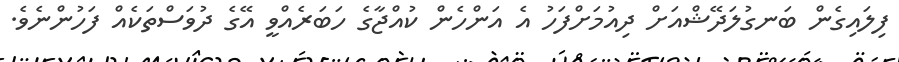
ފިލައިގެން ބަނގުލަދޭޝްއަށް ދިއުމަށްފަހު އެ އަންހެން ކުއްޖާގެ ހަބަރެއްވީ އޭގެ ދުވަސްތަކެއް ފަހުންނެވެ.